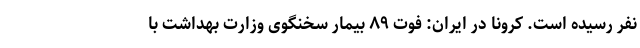
نفر رسیده است. کرونا در ایران: فوت ۸۹ بیمار سخنگوی وزارت بهداشت با